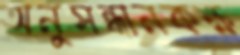
অনুসন্ধানকক্ষ